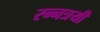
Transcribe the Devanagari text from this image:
रन्नत्रयी